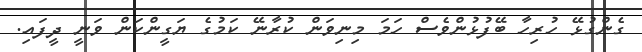
ގެންގުޅޭ ހުރިހާ ބޭފުޅުންވެސް ހަމަ މިނިވަން ކުރާނޭ ކަމުގެ ޔަގީންކަން ވަނީ ދީފައި.